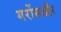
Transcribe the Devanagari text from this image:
गर्रोसऔर